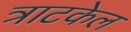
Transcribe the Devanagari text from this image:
त्राटकेल